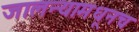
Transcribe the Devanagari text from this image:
जालन्यामधूनच